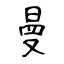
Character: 曼